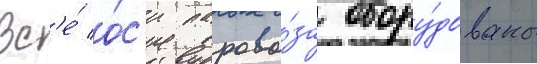
Вс'е́ о́с'и парово́за обору́дованы